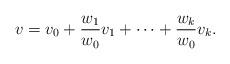
LaTeX: \begin{align*} v=v_0+\frac{w_1}{w_0}v_1+\dotsb+\frac{w_k}{w_0}v_k.\end{align*}